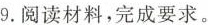
9.阅读材料，完成要求。